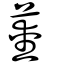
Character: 薆